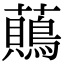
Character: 𧄞